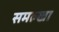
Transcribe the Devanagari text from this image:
समल्खा